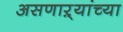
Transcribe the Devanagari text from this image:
असणाऱ्यांच्या